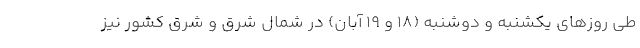
طی روزهای یکشنبه و دوشنبه (۱۸ و ۱۹ آبان) در شمال شرق و شرق کشور نیز